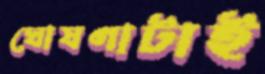
ঘোষণাটাই